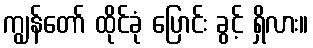
ကျွန်တော် ထိုင်ခုံ ပြောင်း ခွင့် ရှိလား။